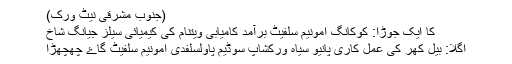
(جنوب مشرقی نیٹ ورک)
کا ایک جوڑا: کوکانگ امونیم سلفیٹ برآمد کامیابی ويتنام کی کیمیائی سیلز جیانگ شاخ
اگلا: بیل کھر کی عمل کاری پانیو سیاہ ورکشاپ سوڈیم پاولسلفدی امونیم سلفیٹ گاۓ چھچھڑا